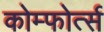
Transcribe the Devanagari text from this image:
कोम्फोर्त्स